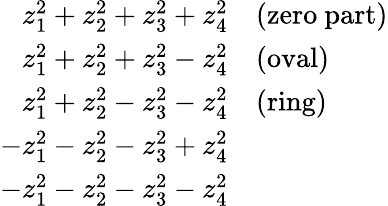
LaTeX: \begin{array}{rl}{z_{1}^{2}+z_{2}^{2}+z_{3}^{2}+z_{4}^{2}}&{{}{\mathrm{(zero~part)}}}\\ {z_{1}^{2}+z_{2}^{2}+z_{3}^{2}-z_{4}^{2}}&{{}{\mathrm{(oval)}}}\\ {z_{1}^{2}+z_{2}^{2}-z_{3}^{2}-z_{4}^{2}}&{{}{\mathrm{(ring)}}}\\ {-z_{1}^{2}-z_{2}^{2}-z_{3}^{2}+z_{4}^{2}}\\ {-z_{1}^{2}-z_{2}^{2}-z_{3}^{2}-z_{4}^{2}}\end{array}